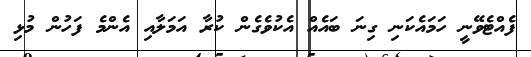
ފެއްޓެވޭނީ ހަމައެކަނި ގިނަ ބައެއް އެކުވެގެން ކުރާ އަމަލާއި އެންމެ ފަހުން މުޅި